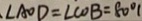
. \angle A O D = \angle C O B = 8 0 ^ { \circ } 1